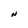
Character: N